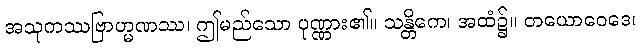
အသုကဿဗြာဟ္မဏဿ၊ ဤမည်သော ပုဏ္ဏား၏။ သန္တိကေ၊ အထံ၌။ တယောဝေဒေ၊